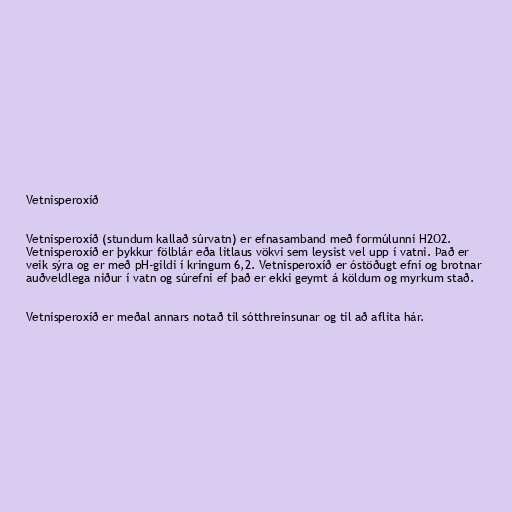
Vetnisperoxíð

Vetnisperoxíð (stundum kallað súrvatn) er efnasamband með formúlunni H2O2.
Vetnisperoxíð er þykkur fölblár eða litlaus vökvi sem leysist vel upp í vatni. Það er
veik sýra og er með pH-gildi í kringum 6,2. Vetnisperoxíð er óstöðugt efni og brotnar
auðveldlega niður í vatn og súrefni ef það er ekki geymt á köldum og myrkum stað.

Vetnisperoxíð er meðal annars notað til sótthreinsunar og til að aflita hár.